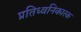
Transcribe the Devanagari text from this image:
प्रतिध्वनिकारक